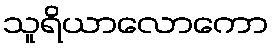
သူရိယာလောကော